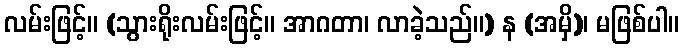
လမ်းဖြင့်။ (သွားရိုးလမ်းဖြင့်။ အာဂတာ၊ လာခဲ့သည်။) န (အမှိ)၊ မဖြစ်ပါ။